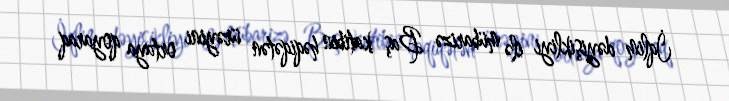
İqlim dəyişikliyi ilə mübarizə Baş katibin həqiqətən ürəyini ortaya qoyaraq